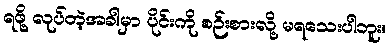
ရဖို့ လုပ်တဲ့အခါမှာ ပိုင်းကို စဉ်းစားလို့ မရသေးပါဘူး။